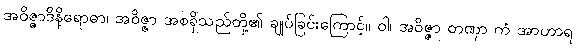
အဝိဇ္ဇာဒိနိရောဓာ၊ အဝိဇ္ဇာ အစရှိသည်တို့၏ ချုပ်ခြင်းကြောင့်။ ဝါ၊ အဝိဇ္ဇာ တဏှာ ကံ အာဟာရ